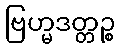
ဗြဟ္မဒတ္တဉ္စ